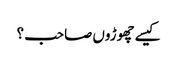
کیسے چھوڑوں صاحب ؟